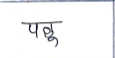
मजकूर: पळू